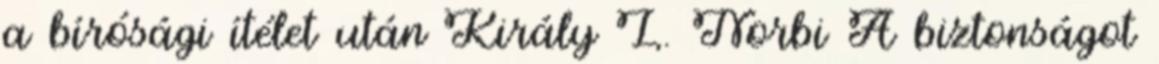
a bírósági ítélet után Király L. Norbi A biztonságot